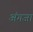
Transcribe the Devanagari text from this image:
अंगजा